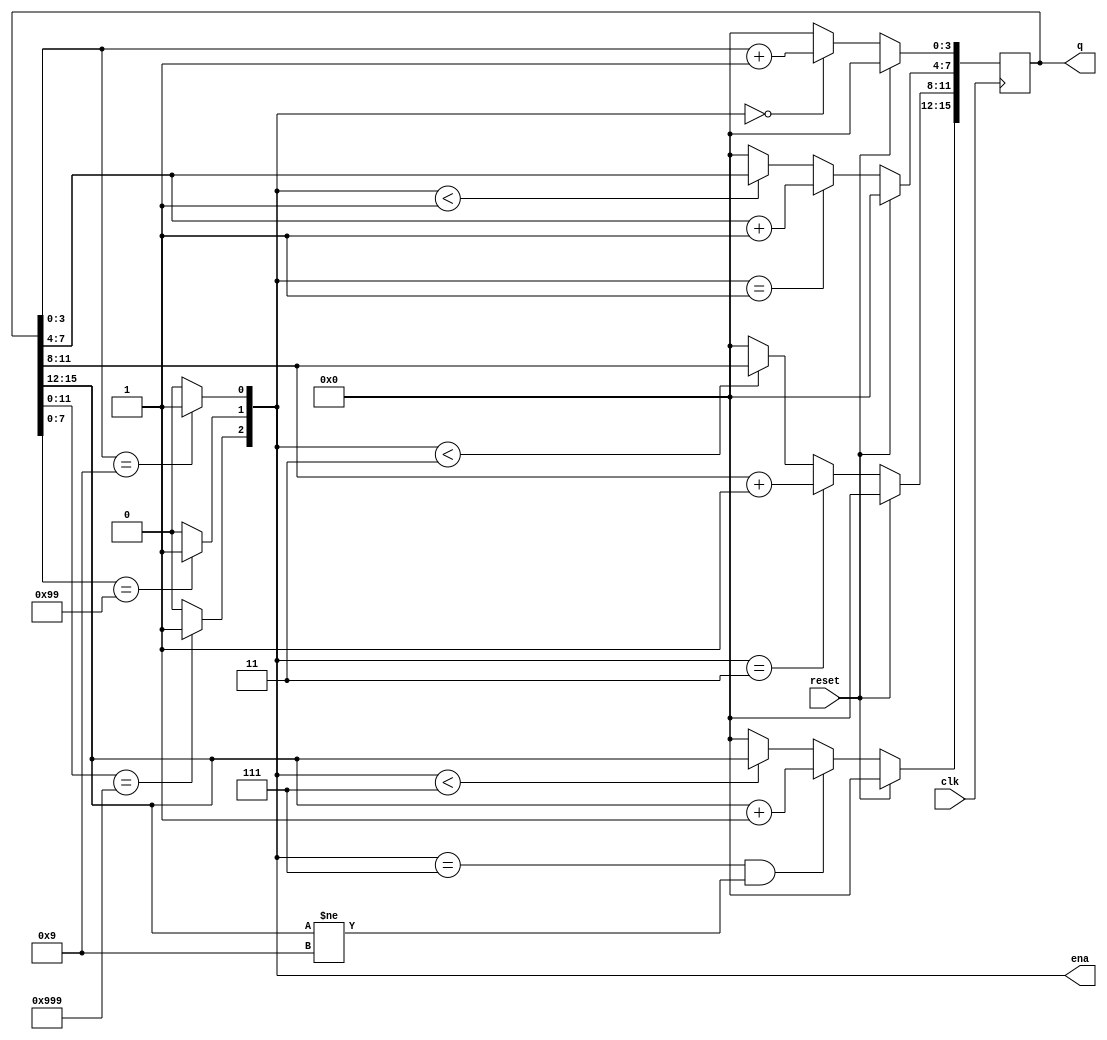
module top_module (
    input clk,
    input reset,   // Synchronous active-high reset
    output [3:1] ena,
    output reg [15:0] q
);
    
    assign ena[1] = q[3:0] == 4'h9 ? 1'b1 : 1'b0;
    assign ena[2] = q[7:0] == 8'h99 ? 1'b1 : 1'b0;
    assign ena[3] = q[11:0] == 12'h999 ? 1'b1 : 1'b0;
    
    always @(posedge clk) begin
        if (reset == 1'b1) begin
            q <= 16'h0000;
        end
        else begin
            q[3:0] <= ena == 3'b000 ? q[3:0] + 4'h1 : 4'h0;
            q[7:4] <= ena == 3'b001 ? q[7:4] + 4'h1 : ena < 3'b001 ? q[7:4] : 4'h0;
            q[11:8] <= ena == 3'b011 ? q[11:8] + 4'h1 : ena < 3'b011 ? q[11:8] : 4'h0;
            q[15:12] <= (ena == 3'b111 && q[15:12] != 4'h9) ? q[15:12] + 4'h1 : ena < 3'b111 ? q[15:12] : 4'h0;
        end
    end
    
endmodule